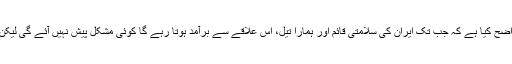
سپاہ پاسداران انقلاب اسلامی کی بحریہ کے کمانڈر ایڈمرل تنگسیری نے مذکورہ دستاویزی فلم میں واضح کیا ہے کہ جب تک ایران کی سلامتی قائم اور ہمارا تیل، اس علاقے سے برآمد ہوتا رہے گا کوئی مشکل پیش نہیں آئے گی لیکن اگر ایران کا تیل علاقے برآمد نہیں ہوا تو پھر کسی کا بھی تیل اس علاقے سے باہر نہیں جاسکے گا۔